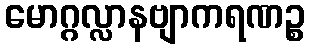
မောဂ္ဂလ္လာနဗျာကရဏဉ္စ